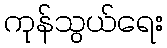
ကုန်သွယ်ရေး